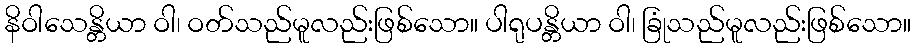
နိဝါသေန္တိယာ ဝါ၊ ဝတ်သည်မူလည်းဖြစ်သော။ ပါရုပန္တိယာ ဝါ၊ ခြုံသည်မူလည်းဖြစ်သော။